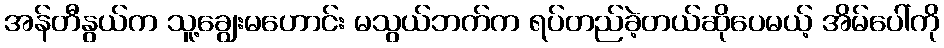
အန်တီနွယ်က သူ့ချွေးမဟောင်း မသွယ်ဘက်က ရပ်တည်ခဲ့တယ်ဆိုပေမယ့် အိမ်ပေါ်ကို